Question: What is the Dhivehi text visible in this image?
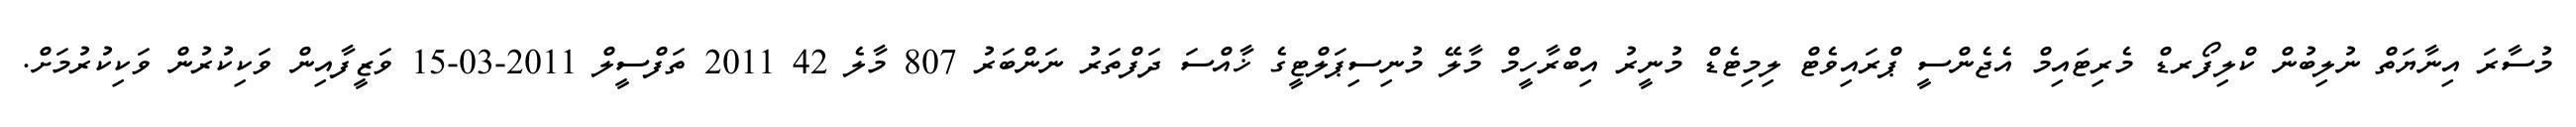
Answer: މުސާރަ އިނާޔަތް ނުލިބުން ކްލިފޯރޑް މެރިޓައިމް އެޖެންސީ ޕްރައިވެޓް ލިމިޓެޑް މުނީރު އިބްރާހީމް މާލޭ މުނިސިޕަލްޓީގެ ޚާއްސަ ދަފްތަރު ނަންބަރު 807 މާލެ 42 2011 ތަފްސީލް 2011-03-15 ވަޒީފާއިން ވަކިކުރުން ވަކިކުރުމަށް.